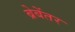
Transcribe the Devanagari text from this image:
ब्रेबेंतर